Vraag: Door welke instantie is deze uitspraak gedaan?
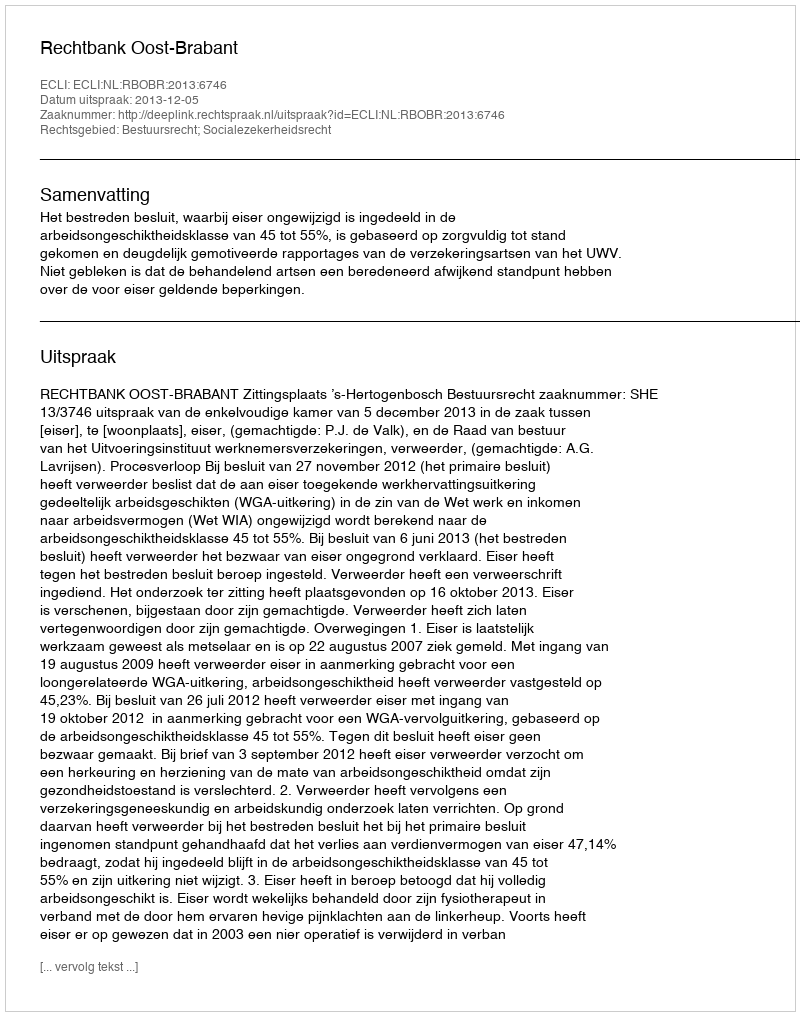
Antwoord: Rechtbank Oost-Brabant